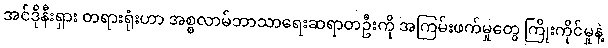
အင်ဒိုနီးရှား တရားရုံးဟာ အစ္စလာမ်ဘာသာရေးဆရာတဦးကို အကြမ်းဖက်မှုတွေ ကြိုးကိုင်မှုနဲ့